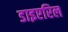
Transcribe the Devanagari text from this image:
डाइएरिल